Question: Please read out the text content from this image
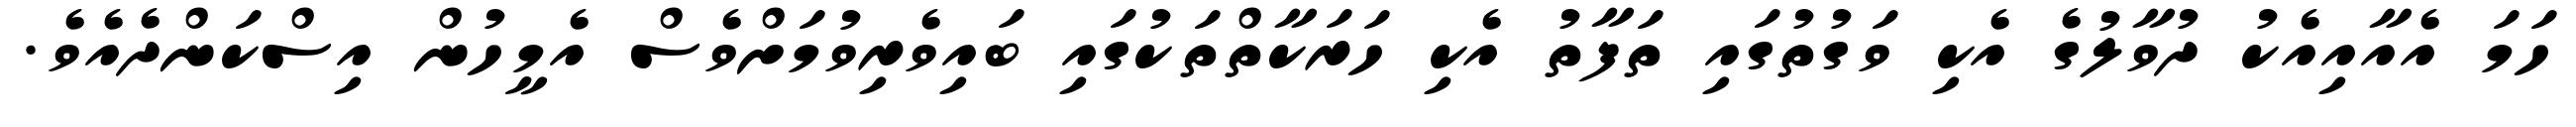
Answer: ހަމަ އެއާއިއެކު ދުވާލުގެ އެކި ވަގުތުގައި ތަފާތު އެކި ހަރަކާތްތަކުގައި ބައިވެރިވުމަށްވެސް އެމީހުން އިސްކަންދެއެވެ.